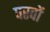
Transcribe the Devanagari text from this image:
परवों